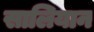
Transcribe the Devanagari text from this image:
सालियान